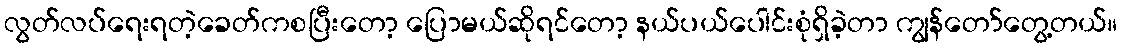
လွတ်လပ်ရေးရတဲ့ခေတ်ကစပြီးတော့ ပြောမယ်ဆိုရင်တော့ နယ်ပယ်ပေါင်းစုံရှိခဲ့တာ ကျွန်တော်တွေ့တယ်။